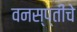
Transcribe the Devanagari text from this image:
वनस्प्तींचे